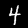
Digit: 4